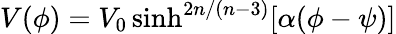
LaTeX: V(\phi)=V_{0}\sinh^{2n/(n-3)}[\alpha(\phi-\psi)]